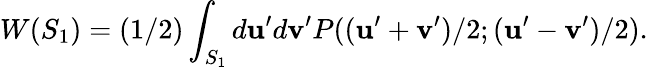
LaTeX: W(S_{1})=(1/2)\int_{S_{1}}d\mathbf{u}^{\prime}d\mathbf{v}^{\prime}P((\mathbf{u}^{\prime}+\mathbf{v}^{\prime})/2;(\mathbf{u}^{\prime}-\mathbf{v}^{\prime})/2).